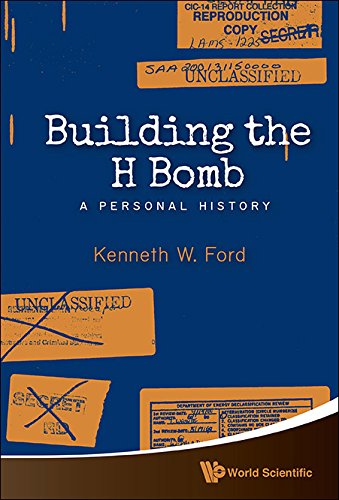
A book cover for Building the H Bomb: A Personal History; Kenneth W Ford; Engineering & Transportation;